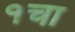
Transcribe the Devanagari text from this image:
१चा